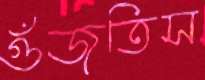
গুঁজতিস